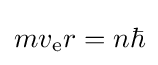
mv_{\text{e}}r=n\hbar